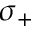
\sigma _ { + }